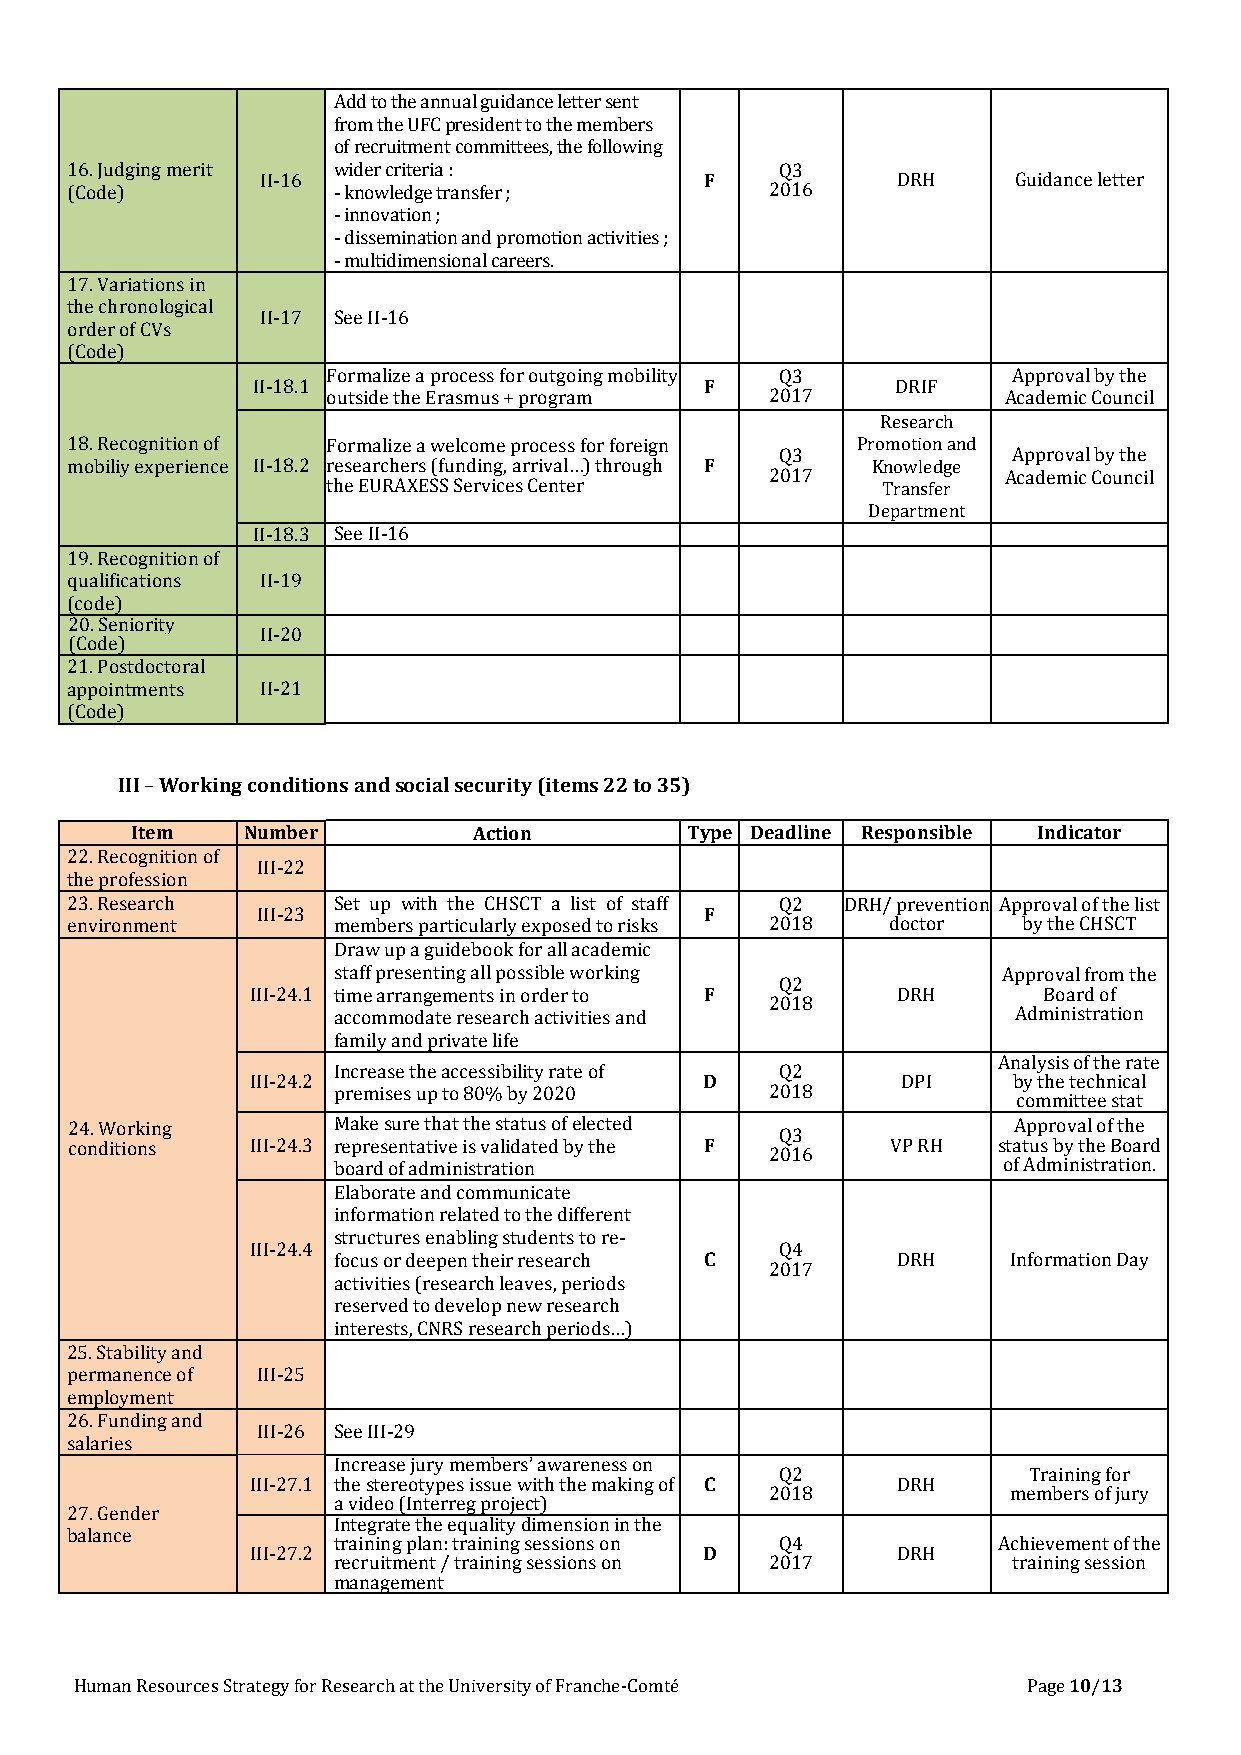
Add to the annual guidance letter sent
 from the UFC president to the members
 of recruitment committees, the following
 16. Judging merit wider criteria :              Q3
 II-16                         F           DRH     Guidance letter
 (Code)            - knowledge transfer ;       2016
 - innovation ;
 - dissemination and promotion activities ;
 - multidimensional careers.
 17. Variations in
 the chronological
 II-17 See II-16
 order of CVs
 (Code)
 Formalize a process for outgoing mobility Q3 Approval by the
 II-18.1                       F           DRIF
 outside the Erasmus + program 2017          Academic Council
 Research
 18. Recognition of Formalize a welcome process for foreign Promotion and
 Q3             Approval by the
 mobiliy experience II-18.2 researchers (funding, arrival…) through F Knowledge
 2017           Academic Council
 the EURAXESS Services Center        Transfer
 Department
 II-18.3 See II-16
 19. Recognition of
 qualifications II-19
 (code)
 20. Seniority
 II-20
 (Code)
 21. Postdoctoral
 appointments II-21
 (Code)
 III – Working conditions and social security (items 22 to 35)
 Item   Number         Action        Type Deadline Responsible Indicator
 22. Recognition of
 III-22
 the profession
 23. Research      Set up with the CHSCT a list of staff Q2 DRH/ prevention Approval of the list
 III-23                        F
 environment       members particularly exposed to risks 2018 doctor by the CHSCT
 Draw up a guidebook for all academic
 staff presenting all possible working       Approval from the
 Q2
 III-24.1 time arrangements in order to F  DRH       Board of
 2018
 accommodate research activities and          Administration
 family and private life
 Analysis of the rate
 Increase the accessibility rate of Q2
 III-24.2                      D            DPI    by the technical
 premises up to 80% by 2020   2018
 committee stat
 24. Working       Make sure that the status of elected         Approval of the
 Q3
 conditions   III-24.3 representative is validated by the F VP RH status by the Board
 2016
 board of administration                     of Administration.
 Elaborate and communicate
 information related to the different
 structures enabling students to re-
 III-24.4                           Q4
 focus or deepen their research C     DRH     Information Day
 2017
 activities (research leaves, periods
 reserved to develop new research
 interests, CNRS research periods…)
 25. Stability and
 permanence of III-25
 employment
 26. Funding and
 III-26 See III-29
 salaries
 Increase jury members’ awareness on
 Q2              Training for
 III-27.1 the stereotypes issue with the making of C DRH
 2018            members of jury
 a video (Interreg project)
 27. Gender
 Integrate the equality dimension in the
 balance
 training plan: training sessions on Q4      Achievement of the
 III-27.2                      D           DRH
 recruitment / training sessions on 2017      training session
 management
 Human Resources Strategy for Research at the University of Franche-Comté Page 10/13